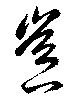
豈